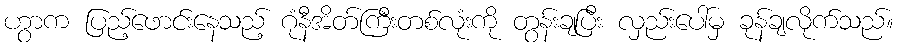
ဟွာက ပြည့်ဖောင်းနေသည့် ဂုံနီအိတ်ကြီးတစ်လုံးကို တွန်းချပြီး လှည်းပေါ်မှ ခုန်ချလိုက်သည်။